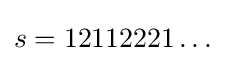
s=12112221\dots